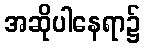
အဆိုပါနေရာ၌